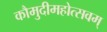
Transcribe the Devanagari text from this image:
कौमुदीमहोत्सवम्